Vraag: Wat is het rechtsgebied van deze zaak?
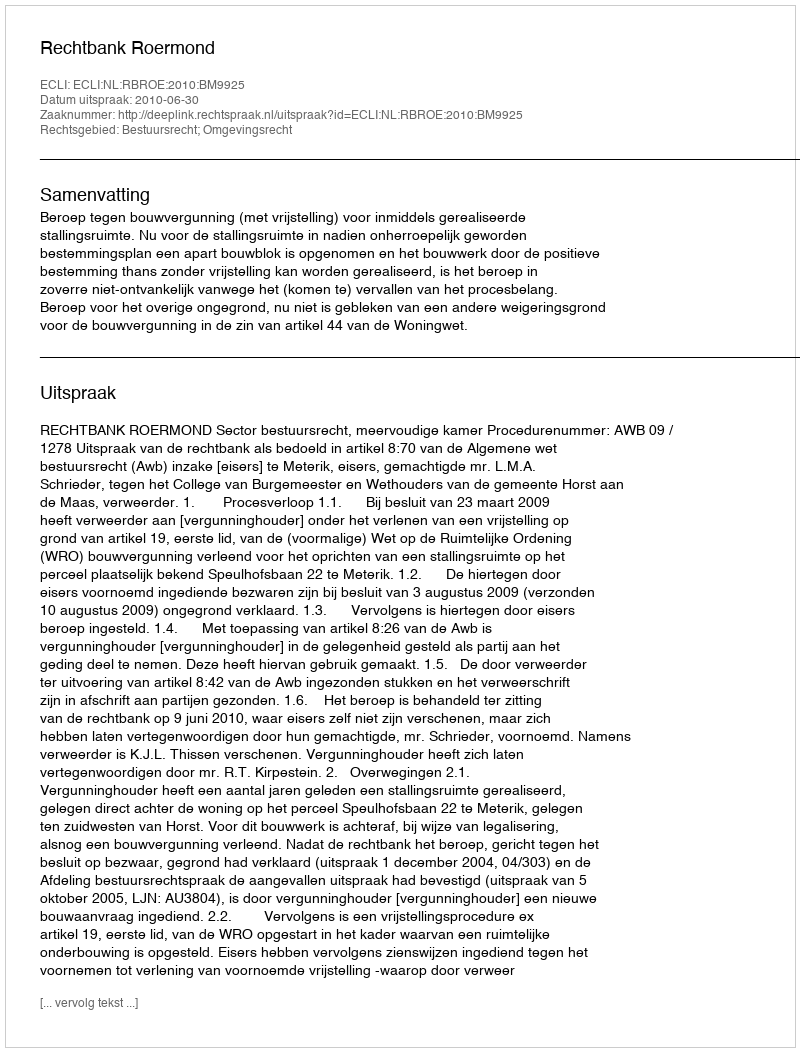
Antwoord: Bestuursrecht; Omgevingsrecht